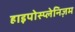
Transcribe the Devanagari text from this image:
हाइपोस्प्लेनिज़म